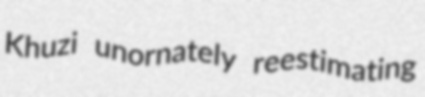
Khuzi unornately reestimating